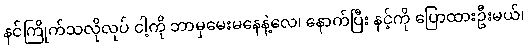
နင်ကြိုက်သလိုလုပ် ငါ့ကို ဘာမှမေးမနေနဲ့လေ၊ နောက်ပြီး နင့်ကို ပြောထားဦးမယ်၊